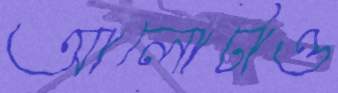
আলোটাও